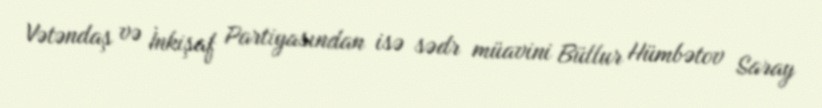
Vətəndaş və İnkişaf Partiyasından isə sədr müavini Büllur Hümbətov Saray